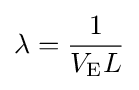
\lambda ={\frac {1}{V_{\text{E}}L}}